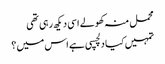
محمل منہ کھولے اسی دیکھ رہی تھی
تمہیں کیا دلچسپی ہے اس میں ؟